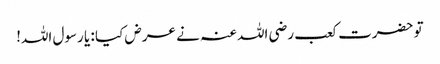
تو حضرت کعب رضی اللہ عنہ نے عرض کیا : یا رسول اللہ!